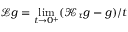
\mathcal { L } g = \operatorname* { l i m } _ { t \rightarrow 0 ^ { + } } ( \mathcal { K } _ { \tau } g - g ) / t